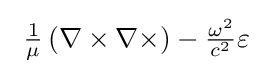
{\textstyle \ {\frac {1}{\mu }}\left(\nabla \times \nabla \times \right)-{\frac {\omega ^{2}}{c^{2}}}\varepsilon }